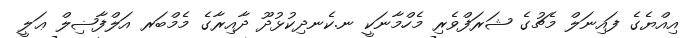
އިއްޔެގެ ފައިނަލް މެޗުގެ ޝަރަފްވެރި މެހްމާނަކީ ނ.ކެނދިކުޅުދޫ ދާއިރާގެ މެމްބަރ އަލްފާޟިލް ޢަލީ